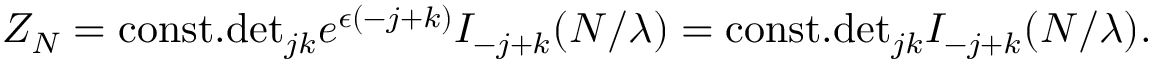
Z _ { N } = \mathrm { c o n s t . } \mathrm { d e t } _ { j k } e ^ { \epsilon ( - j + k ) } I _ { - j + k } ( N / \lambda ) = \mathrm { c o n s t . } \mathrm { d e t } _ { j k } I _ { - j + k } ( N / \lambda ) .